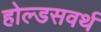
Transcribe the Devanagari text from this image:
होल्डसवर्थ